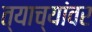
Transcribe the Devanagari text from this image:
त्याच्यांवर